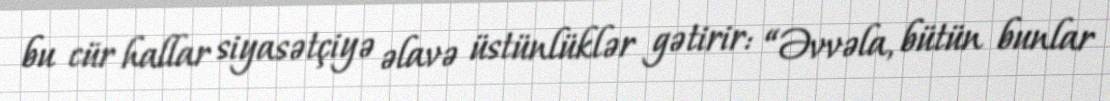
bu cür hallar siyasətçiyə əlavə üstünlüklər gətirir: “Əvvəla, bütün bunlar